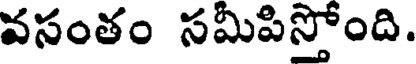
వసంతం సమీపిస్తోంది.